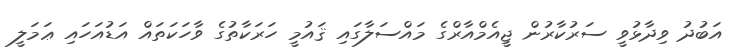
އަބުދު ވިދާޅުވީ ސަރުކާރުން ޖީއެމްއާރްގެ މައްސަލާގައި ޤައުމީ ހަރަކާތުގެ ވާހަކަތައް އަޑުއަހައި ޢަމަލީ